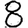
Digit: 8